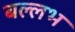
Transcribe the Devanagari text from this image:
बल्‍लभ